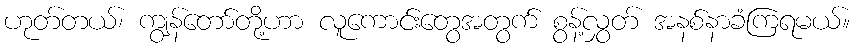
ဟုတ်တယ်၊ ကျွန်တော်တို့ဟာ လူကောင်းတွေအတွက် စွန့်လွှတ် အနစ်နာခံကြရမယ်။